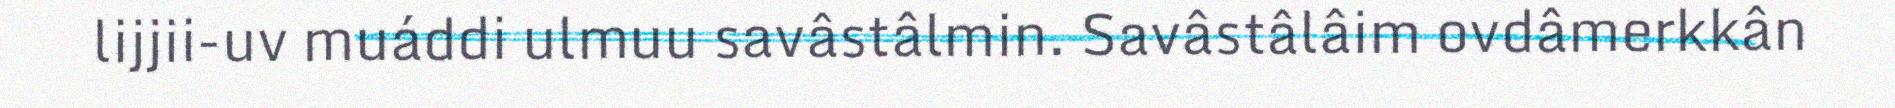
lijjii-uv muáddi ulmuu savâstâlmin. Savâstâlâim ovdâmerkkân